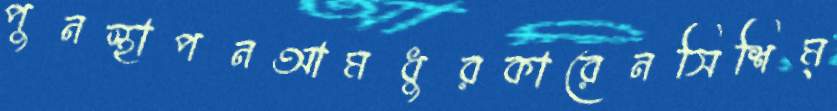
পুনস্থাপনআমধুরকারেনসিশিম্